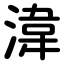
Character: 湋